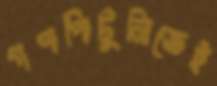
গণপিটুনিতেই